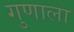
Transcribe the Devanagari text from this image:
गुणाला